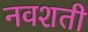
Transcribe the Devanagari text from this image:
नवशती